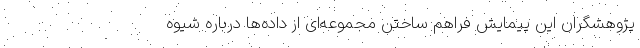
پژوهشگران این پیمایش فراهم ساختن مجموعه‌ای از داده‌ها درباره شیوه